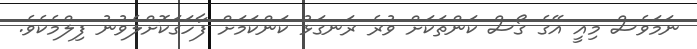
ނަމަވެސް މިއީ އޭގެ ގޯސް ކަންތަކަށް ވުރެ ރަނގަޅު ކަންކަމަށް ފާހަގަކޮށްލެވުނު ފިލްމެކެވެ.